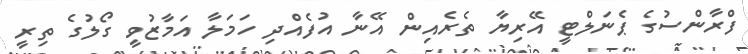
ފްރާންސުގެ ޕެނަލްޓީ އޭރިޔާ ތެރެއިން އޭނާ އުފެއްދި ހަމަލާ އަމާޒުވީ ގޯލުގެ ތިރީ